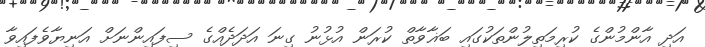
އަދި އާންމުންގެ ކުރިމަތިލުންތަކުގައި ބަޣާވާތް ކުރަން އުޅުނު ގިނަ އަދަދެއްގެ ސިފައިންނަށް އަނިޔާވެފައިވާ